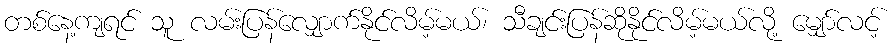
တစ်နေ့ကျရင် သူ လမ်းပြန်လျှောက်နိုင်လိမ့်မယ်၊ သီချင်းပြန်ဆိုနိုင်လိမ့်မယ်လို့ မျှော်လင့်